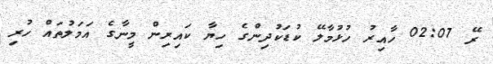
ރޭ 02:07 ހާއިރު ހުޅުމާލޭ ކުޑަކުދިންގެ ހިޔާ ކައިރިން މީނާގެ އަމަލުތައް ހުރި